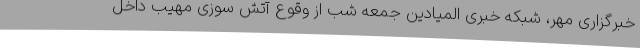
خبرگزاری مهر، شبکه خبری المیادین جمعه شب از وقوع آتش سوزی مهیب داخل